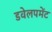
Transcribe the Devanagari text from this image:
डवेलपमेंट